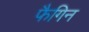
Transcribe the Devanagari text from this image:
फैगिन